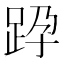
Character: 𨀊